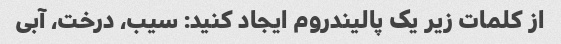
از کلمات زیر یک پالیندروم ایجاد کنید: سیب، درخت، آبی